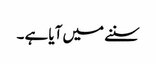
سننے میں آیا ہے ۔